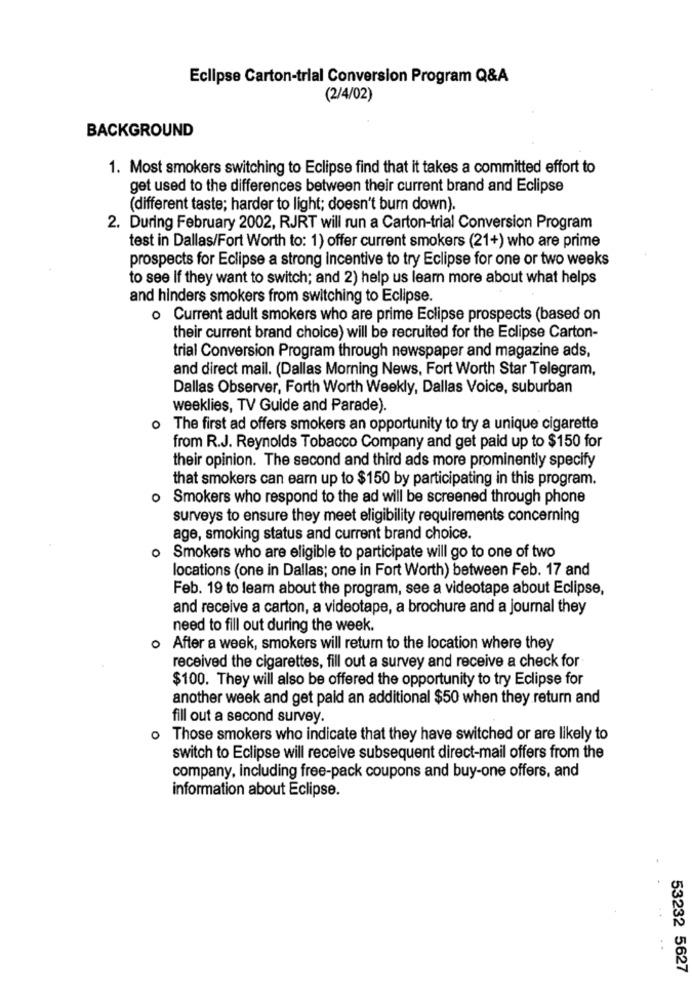
Eclipse Carton-trial Conversion Program Q&A
(2/4/02)
BACKGROUND
1. Most smokers switching to Eclipse find that it takes a committed effort to
get used to the differences between their current brand and Eclipse
(different taste; harder to light; doesn't bum down).
2. During February 2002, RJRT will run a Carton-trial Conversion Program
test in Dallas/Fort Worth to: 1) offer current smokers (21+) who are prime
prospects for Eclipse a strong incentive to try Eclipse for one or two weeks
to see If they want to switch; and 2) help us leam more about what helps
and hinders smokers from switching to Eclipse.
o Current adult smokers who are prime Eclipse prospects (based on
their current brand choice) will be recruited for the Eclipse Carton-
trial Conversion Program through newspaper and magazine ads,
and direct mail. (Dallas Morning News, Fort Worth Star Telegram,
Dallas Observer, Forth Worth Weekly, Dallas Voice, suburban
weeklies, TV Guide and Parade).
0
The first ad offers smokers an opportunity to try a unique cigarette
from R.J. Reynolds Tobacco Company and get paid up to $150 for
their opinion. The second and third ads more prominently specify
that smokers can earn up to $150 by participating in this program.
o Smokers who respond to the ad will be screened through phone
surveys to ensure they meet eligibility requirements concerning
age, smoking status and current brand choice.
0
Smokers who are eligible to participate will go to one of two
locations (one in Dallas; one in Fort Worth) between Feb. 17 and
Feb. 19 to leam about the program, see a videotape about Eclipse,
and receive a carton, a videotape, a brochure and a journal they
need to fill out during the week.
After a week, smokers will return to the location where they
received the cigarettes, fill out a survey and receive a check for
$100. They will also be offered the opportunity to try Eclipse for
another week and get paid an additional $50 when they return and
fill out a second survey.
o Those smokers who indicate that they have switched or are likely to
switch to Eclipse will receive subsequent direct-mail offers from the
company, including free-pack coupons and buy-one offers, and
information about Eclipse.
53232 5627